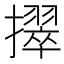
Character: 𫾒